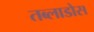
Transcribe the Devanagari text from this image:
तब्लाडोस